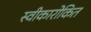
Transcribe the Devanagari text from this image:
स्वीकारोकित